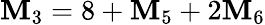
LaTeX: \mathbf{M}_{3}=8+\mathbf{M}_{5}+2\mathbf{M}_{6}